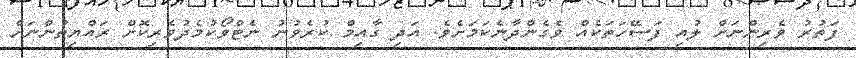
ފަތުރު ވެރިންނަށް ލުއި ފަސޭހަތަކެއް ވެގެންދާނެކަމަށެވެ. އަދި ގާއިމް ކުރެވުނު ނެޓްވޯކުމެދުވެރިކޮށް ރައްޔިތުންނަށް